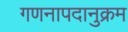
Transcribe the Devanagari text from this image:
गणनापदानुक्रम